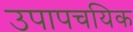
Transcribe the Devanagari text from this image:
उपापचयिक